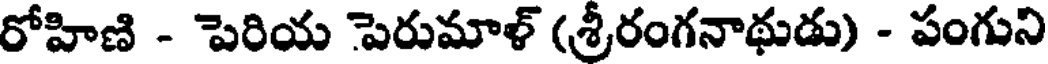
రోహిణి - పెరియ పెరుమాళ్ (శ్రీరంగనాథుడు) - పంగుని